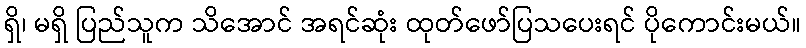
ရှိ၊ မရှိ ပြည်သူက သိအောင် အရင်ဆုံး ထုတ်ဖော်ပြသပေးရင် ပိုကောင်းမယ်။